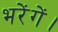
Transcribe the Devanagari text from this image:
भरेंगें।